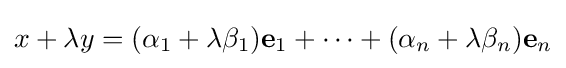
x+\lambda y=(\alpha _{1}+\lambda \beta _{1})\mathbf {e} _{1}+\dots +(\alpha _{n}+\lambda \beta _{n})\mathbf {e} _{n}